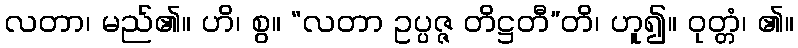
လတာ၊ မည်၏။ ဟိ၊ စွ။ “လတာ ဥပ္ပဇ္ဇ တိဋ္ဌတီ”တိ၊ ဟူ၍။ ဝုတ္တံ၊ ၏။